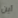
أين